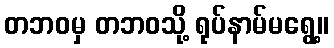
တဘဝမှ တဘဝသို့ ရုပ်နာမ်မရွေ့။